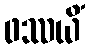
ဖဿယိံ